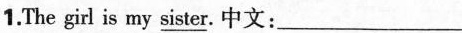
1.The girl is my \underline{sister}.中文: ___